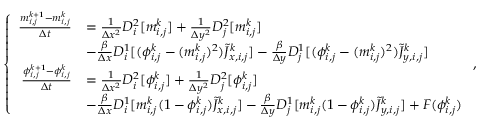
\left\lbrace \begin{array} { r l } { \frac { m _ { i , j } ^ { k + 1 } - m _ { i , j } ^ { k } } { \Delta t } } & { = \frac { 1 } { \Delta x ^ { 2 } } D _ { i } ^ { 2 } [ m _ { i , j } ^ { k } ] + \frac { 1 } { \Delta y ^ { 2 } } D _ { j } ^ { 2 } [ m _ { i , j } ^ { k } ] } \\ & { - \frac { \beta } { \Delta x } D _ { i } ^ { 1 } [ ( \phi _ { i , j } ^ { k } - ( m _ { i , j } ^ { k } ) ^ { 2 } ) \Tilde { J } _ { x , i , j } ^ { k } ] - \frac { \beta } { \Delta y } D _ { j } ^ { 1 } [ ( \phi _ { i , j } ^ { k } - ( m _ { i , j } ^ { k } ) ^ { 2 } ) \Tilde { J } _ { y , i , j } ^ { k } ] } \\ { \frac { \phi _ { i , j } ^ { k + 1 } - \phi _ { i , j } ^ { k } } { \Delta t } } & { = \frac { 1 } { \Delta x ^ { 2 } } D _ { i } ^ { 2 } [ \phi _ { i , j } ^ { k } ] + \frac { 1 } { \Delta y ^ { 2 } } D _ { j } ^ { 2 } [ \phi _ { i , j } ^ { k } ] } \\ & { - \frac { \beta } { \Delta x } D _ { i } ^ { 1 } [ m _ { i , j } ^ { k } ( 1 - \phi _ { i , j } ^ { k } ) \Tilde { J } _ { x , i , j } ^ { k } ] - \frac { \beta } { \Delta y } D _ { j } ^ { 1 } [ m _ { i , j } ^ { k } ( 1 - \phi _ { i , j } ^ { k } ) \Tilde { J } _ { y , i , j } ^ { k } ] + F ( \phi _ { i , j } ^ { k } ) } \end{array} \right. ,